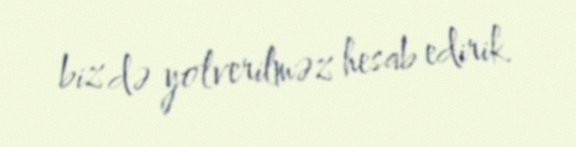
biz də yolverilməz hesab edirik.